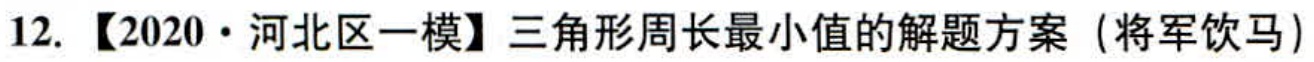
12. 【2020·河北区一模】三角形周长最小值的解题方案（将军饮马）